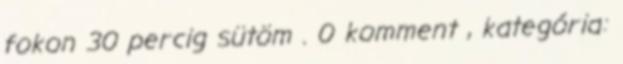
fokon 30 percig sütöm . 0 komment , kategória: